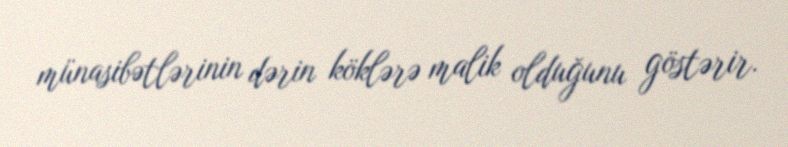
münasibətlərinin dərin köklərə malik olduğunu göstərir.